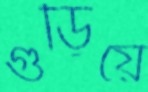
গুঁড়িয়ে